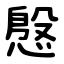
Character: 慇